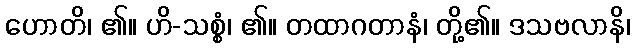
ဟောတိ၊ ၏။ ဟိ-သစ္စံ၊ ၏။ တထာဂတာနံ၊ တို့၏။ ဒသဗလာနိ၊